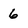
Character: 6